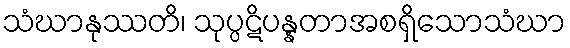
သံဃာနုဿတိ၊ သုပ္ပဋိပန္နတာအစရှိသောသံဃာ